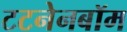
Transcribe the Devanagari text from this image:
टटनेनबॉम